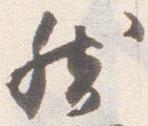
然